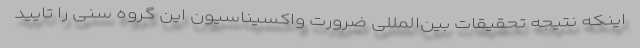
اینکه نتیجه تحقیقات بین‌المللی ضرورت واکسیناسیون این گروه سنی را تایید